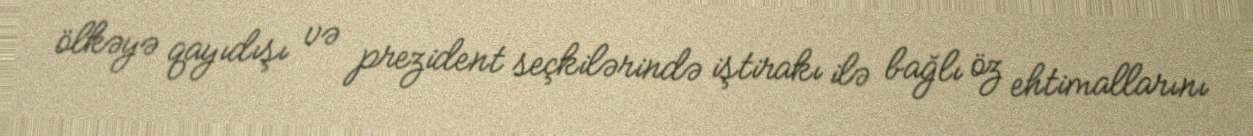
ölkəyə qayıdışı və prezident seçkilərində iştirakı ilə bağlı öz ehtimallarını